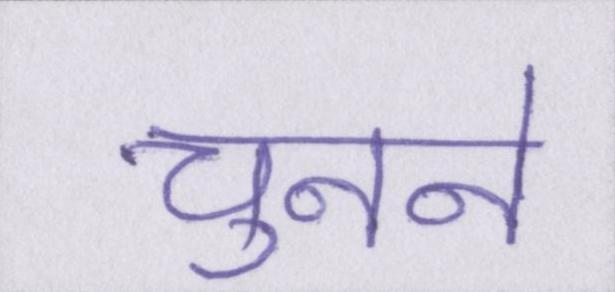
चुनने